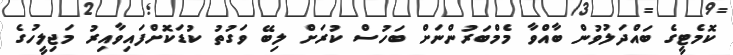
ކޮމެޓީގެ ބައްދަލުވުން ބާއްވާ މެމްބަރުންނަށް ބަހުސް ކުރަށް ލިބޭ ވަގުތު ކުޑަކޮށްފައިވާއިރު މަޖިލީހުގެ